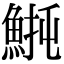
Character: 𫙡